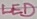
Text: LED